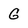
Character: G